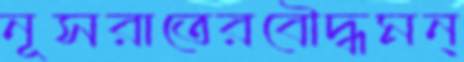
নূসরাতেরবৌদ্ধমন্